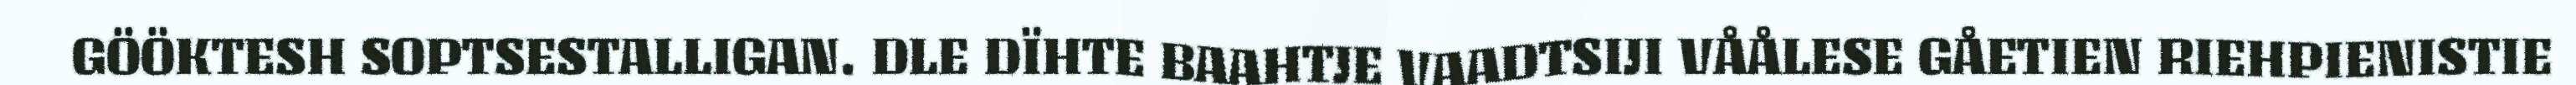
GÖÖKTESH SOPTSESTALLIGAN. DLE DÏHTE BAAHTJE VAADTSIJI VÅÅLESE GÅETIEN RIEHPIENISTIE